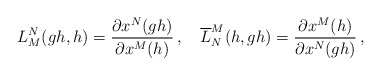
\begin{align*}L^{N}_{M}(gh, h)=\frac{\partial x^{N}(gh)}{\partial x^{M}(h)}\,,\quad\overline{L}^{M}_{N}(h, gh)=\frac{\partial x^{M}(h)}{\partial x^{N}(gh)}\,,\end{align*}